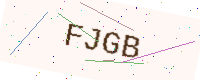
Text: FJGB